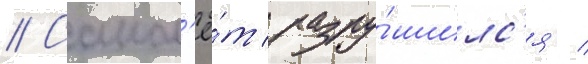
// Самол'ё́т разру́шилс'я /